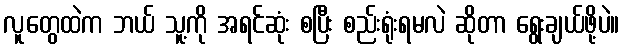
လူတွေထဲက ဘယ် သူ့ကို အရင်ဆုံး စပြီး စည်းရုံးရမလဲ ဆိုတာ ရွေးချယ်ဖို့ပဲ။